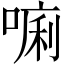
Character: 𱔀